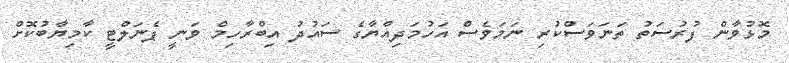
މޮޅުވާން ފުރުސަތު ތަނަވަސްކުރި ނަމަވެސް އަހުމަދިއްޔާގެ ސައުދު އިބްރާހިމް ވަނީ ޕެނަލްޓީ ކާމިޔާބުކޮށް